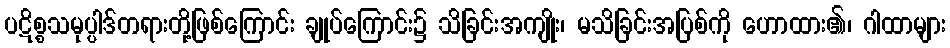
ပဋိစ္စသမုပ္ပါဒ်တရားတို့ဖြစ်ကြောင်း ချုပ်ကြောင်း၌ သိခြင်းအကျိုး၊ မသိခြင်းအပြစ်ကို ဟောထား၏၊ ဂါထာများ